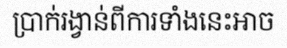
ប្រាក់រង្វាន់ពីការទាំងនេះអាច